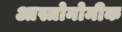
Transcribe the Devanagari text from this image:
आस्त्रोनोमीक